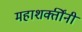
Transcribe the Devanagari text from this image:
महाशक्तींनी